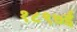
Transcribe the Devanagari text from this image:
१८९७ई